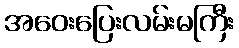
အဝေးပြေးလမ်းမကြီး